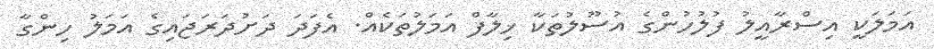
އަމަލަކީ އިސްރާއީލު ފުލުހުންގެ އުސޫލުތަކާ ޚިލާފް އަމަލުތަކެއް. އެފަދަ ދަށުދަރަޖައިގެ އަމަލު ހިންގާ